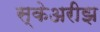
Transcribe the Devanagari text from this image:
स्केअरीझ